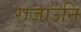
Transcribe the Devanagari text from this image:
राजाउनि